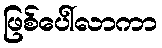
ဖြစ်ပေါ်လာကာ